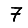
Digit: 7